Report on the treatment of epidemic cholera: from information collected by the governments of Bengal, Madras, Bombay, N.W. Provinces, Punjab, Oudh, and Central India, by order of the Government of India
Disease focus: Cholera
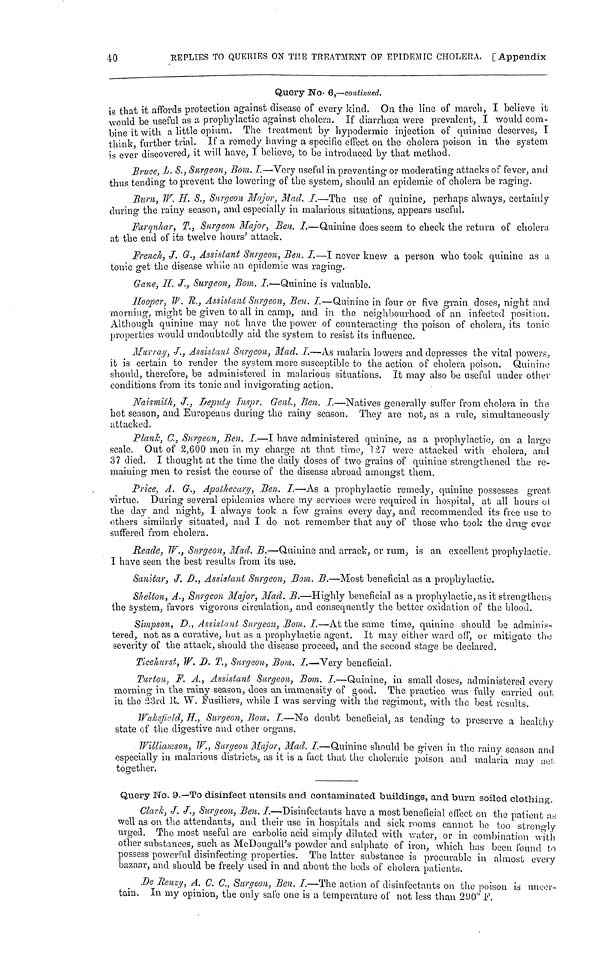
40
REPLIES TO QUERIES ON ΤΙΤΕ TREATMENT OF EPIDEMIC CHOLERA. [ Appendix
Query No. 6,—continued.
is that it affords protection against disease of every kind. On the line of march, I believe it
would, be useful as a prophylactic against cholera. If diarrhœa were prevalent, I would com-
bine it with a little opium. The treatment by hypodermic injection of quinine deserves, I
think further trial. If a remedy having a specific effect on the cholera poison in the system
is ever discovered, it will have, I believe, to be introduced by that method.
Bruce, L. S., Surgeon, Bom. I.—Very useful in preventing or moderating attacks of fever, and
thus tending to prevent the lowering of the system, should an epidemic of cholera be raging.
Burn, W. H. S., Surgeon Major, Mad. I.—The use of quinine, perhaps always, certainly
during the rainy season, and especially in malarious situations, appears useful.
Farguhar, T., Surgeon Major, Ben. I.—Quinine does seem to check the return of cholera
at the end of its twelve hours' attack.
French, J. G., Assistant Surgeon, Ben. I.—I never knew a person who took quinine as u
tonic get the disease while an epidemic was raging.
Gane, II. J., Surgeon, Bom. I.—Quinine is valuable.
Hooper, W. R., Assistant Surgeon, Ben. I.—Quinine in four or five grain doses, night and
morning, might be given to all in camp, and in the neighbourhood of an infected position.
Although quinine may not have the power of counteracting the poison of cholera, its tonic
properties would undoubtedly aid the system to resist its influence.
Murray, J., Assistant Surgeon, Mad. I.—As malaria lowers and depresses the vital powers,
it is certain to render the system more susceptible to the action of cholera poison. Quinine
should, therefore, be administered in malarious situations. It may also be useful under other
conditions from its tonic and invigorating action.
Naismith, J., Deputy Inspr. Genl., Ben. I.—Natives generally suffer from cholera in the
hot season, and Europeans during the rainy season. They are not, as a rule, simultaneously
attacked.
Plank, C., Surgeon, Ben. I.—I have administered quinine, as a prophylactic, on a large
scale. Out of 2, 600 men in my charge at that time, 127 were attacked with cholera, and
37 died. I thought at the time the daily doses of two grains of quinine strengthened the re-
maining men to resist the course of the disease abroad amongst them.
Price, A. G., Apothecary, Ben. I.—As a prophylactic remedy, quinine possesses great
virtue. During several epidemics where my services were required in hospital, at all hours of
the day and night, I always took a few grains every day, and recommended its free use to
others similarly situated, and I do not remember that any of those who took the drug ever
suffered from cholera.
Reade, W., Surgeon, Mad. B.—Quinine and arrack, or rum, is an excellent prophylactic,
I have seen the best results from its use.
Sanitar, J. D., Assistant Surgeon, Bom. B.—Most beneficial as a prophylactic.
Shelton, A., Surgeon Major, Mad. B.—Highly beneficial as a prophylactic, as it strengthens
the system, favors vigorous circulation, and consequently the better oxidation of the blood.
Simpson, D., Assistant Surgeon, Bom. I.—At the same time, quinine should be adminis-
tered, not as a curative, bat as a prophylactic agent. It may either ward off, or mitigate the
severity of the attack, should the disease proceed, and the second stage be declared.
Ticehurst, W, D. T., Surgeon, Bom. I.—Very beneficial.
Turton, F. A., Assistant Surgeon, Bom. I.—Quinine, in small doses, administered every
morning in the rainy season, does an immensity of good. The practico was fully carried out
in the 23rd R. W. Fusiliers, while I was serving with the regiment, with the best results.
Wakefield, H., Surgeon, Bom. I.—No doubt beneficial, as tending to preserve a healthy
state of the digestive and other organs.
Williamson, W., Surgeon Major, Mad. I.—Quinine should be given in the rainy season and
especially in malarious districts, as it is a fact that the choleraic poison and malaria may act
together.
Query No. 9.—To disinfect utensils and contaminated buildings, and burn, soiled clothing,
Clark, J. J., Surgeon, Ben. I.—Disinfectants have a most beneficial effect on the patient as
well as on the attendants, and their use in hospitals and sick rooms cannot be too strongly
urged. The most useful are carbolic acid simply diluted with water, or in combination with
other substances, such as McDougall's powder and sulphate of iron, which has been found to
possess powerful disinfecting properties. The latter substance is procurable in almost every
bazaar, and should be freely used in and about the beds of cholera patients.
De Renzy, A. C. C., Surgeon, Ben. I.—The action of disinfectants on the poison is uncer-
tain. In my opinion, the only sale one is a temperature of not less than 200° F.